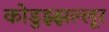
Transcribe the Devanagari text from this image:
कोडुझ्झल्लूर